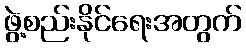
ဖွဲ့စည်းနိုင်ရေးအတွက်